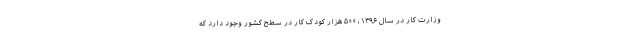
وزارت کار در سال ۱۳۹۶، ۵۰۰ هزار کودک کار در سطح کشور وجود دارد که